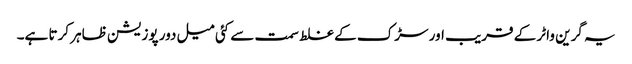
یہ گرین واٹر کے قریب اور سڑک کے غلط سمت سے کئی میل دور پوزیشن ظاہر کرتا ہے۔